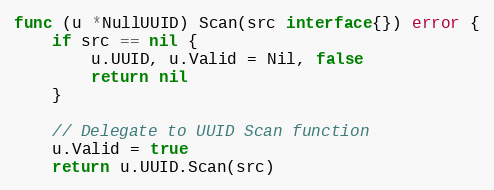
Language: Go
func (u *NullUUID) Scan(src interface{}) error {
	if src == nil {
		u.UUID, u.Valid = Nil, false
		return nil
	}

	// Delegate to UUID Scan function
	u.Valid = true
	return u.UUID.Scan(src)